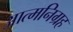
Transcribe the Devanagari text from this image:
आत्मनिग्रह